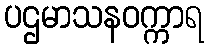
ပဌမာသနဝက္ကာရ